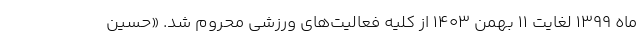
ماه ۱۳۹۹ لغایت ۱۱ بهمن ۱۴۰۳ از کلیه فعالیت‌های ورزشی محروم شد. «حسین